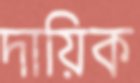
দায়িক